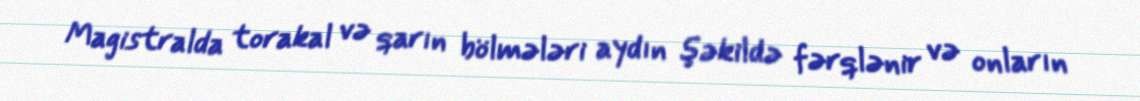
Magistralda torakal və qarın bölmələri aydın şəkildə fərqlənir və onların